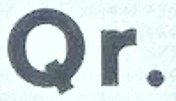
Qr.